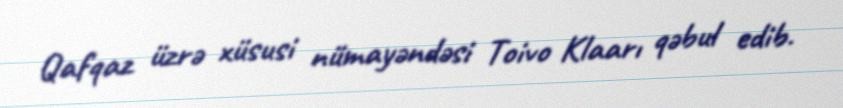
Qafqaz üzrə xüsusi nümayəndəsi Toivo Klaarı qəbul edib.